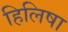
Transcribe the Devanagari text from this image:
हिलिषा